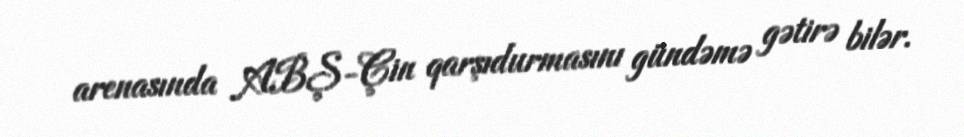
arenasında ABŞ-Çin qarşıdurmasını gündəmə gətirə bilər.